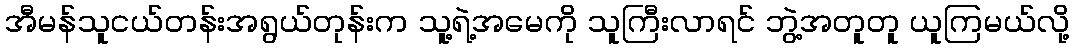
အီမန်သူငယ်တန်းအရွယ်တုန်းက သူ့ရဲ့အမေကို သူကြီးလာရင် ဘွဲ့အတူတူ ယူကြမယ်လို့